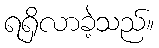
ရရှိလာခဲ့သည်။